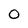
Character: 0